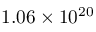
1 . 0 6 \times 1 0 ^ { 2 0 }